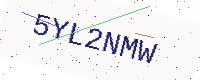
Text: 5YL2NMW